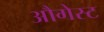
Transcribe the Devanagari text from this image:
औगेस्ट